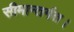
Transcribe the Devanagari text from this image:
सीमान्तर्गत।